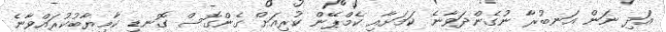
އަދި ނަން އަނބުރާ ނުގެންދަވާނެ ކަމަށާއި ކެމްޕޭން ކުރިއަށް ގެންގޮސް ގޮނޑި ކާމިޔާބުކުރައްވާނެ